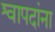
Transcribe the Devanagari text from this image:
श्वापदांना